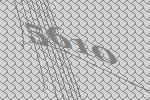
5610